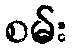
စမ်း